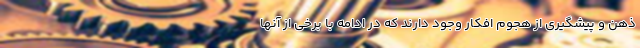
ذهن و پیشگیری از هجوم افکار وجود دارند که در ادامه با برخی از آنها